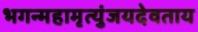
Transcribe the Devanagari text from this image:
भगन्महामृत्युंजयदेवताय